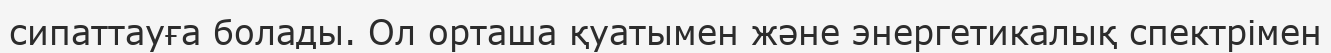
сипаттауға болады. Ол орташа қуатымен және энергетикалық спектрімен